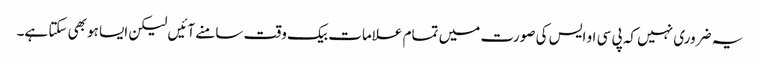
یہ ضروری نہیں کہ پی سی او ایس کی صورت میں تمام علامات بیک وقت سامنے آئیں لیکن ایسا ہوبھی سکتا ہے۔